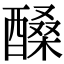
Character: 𨢆